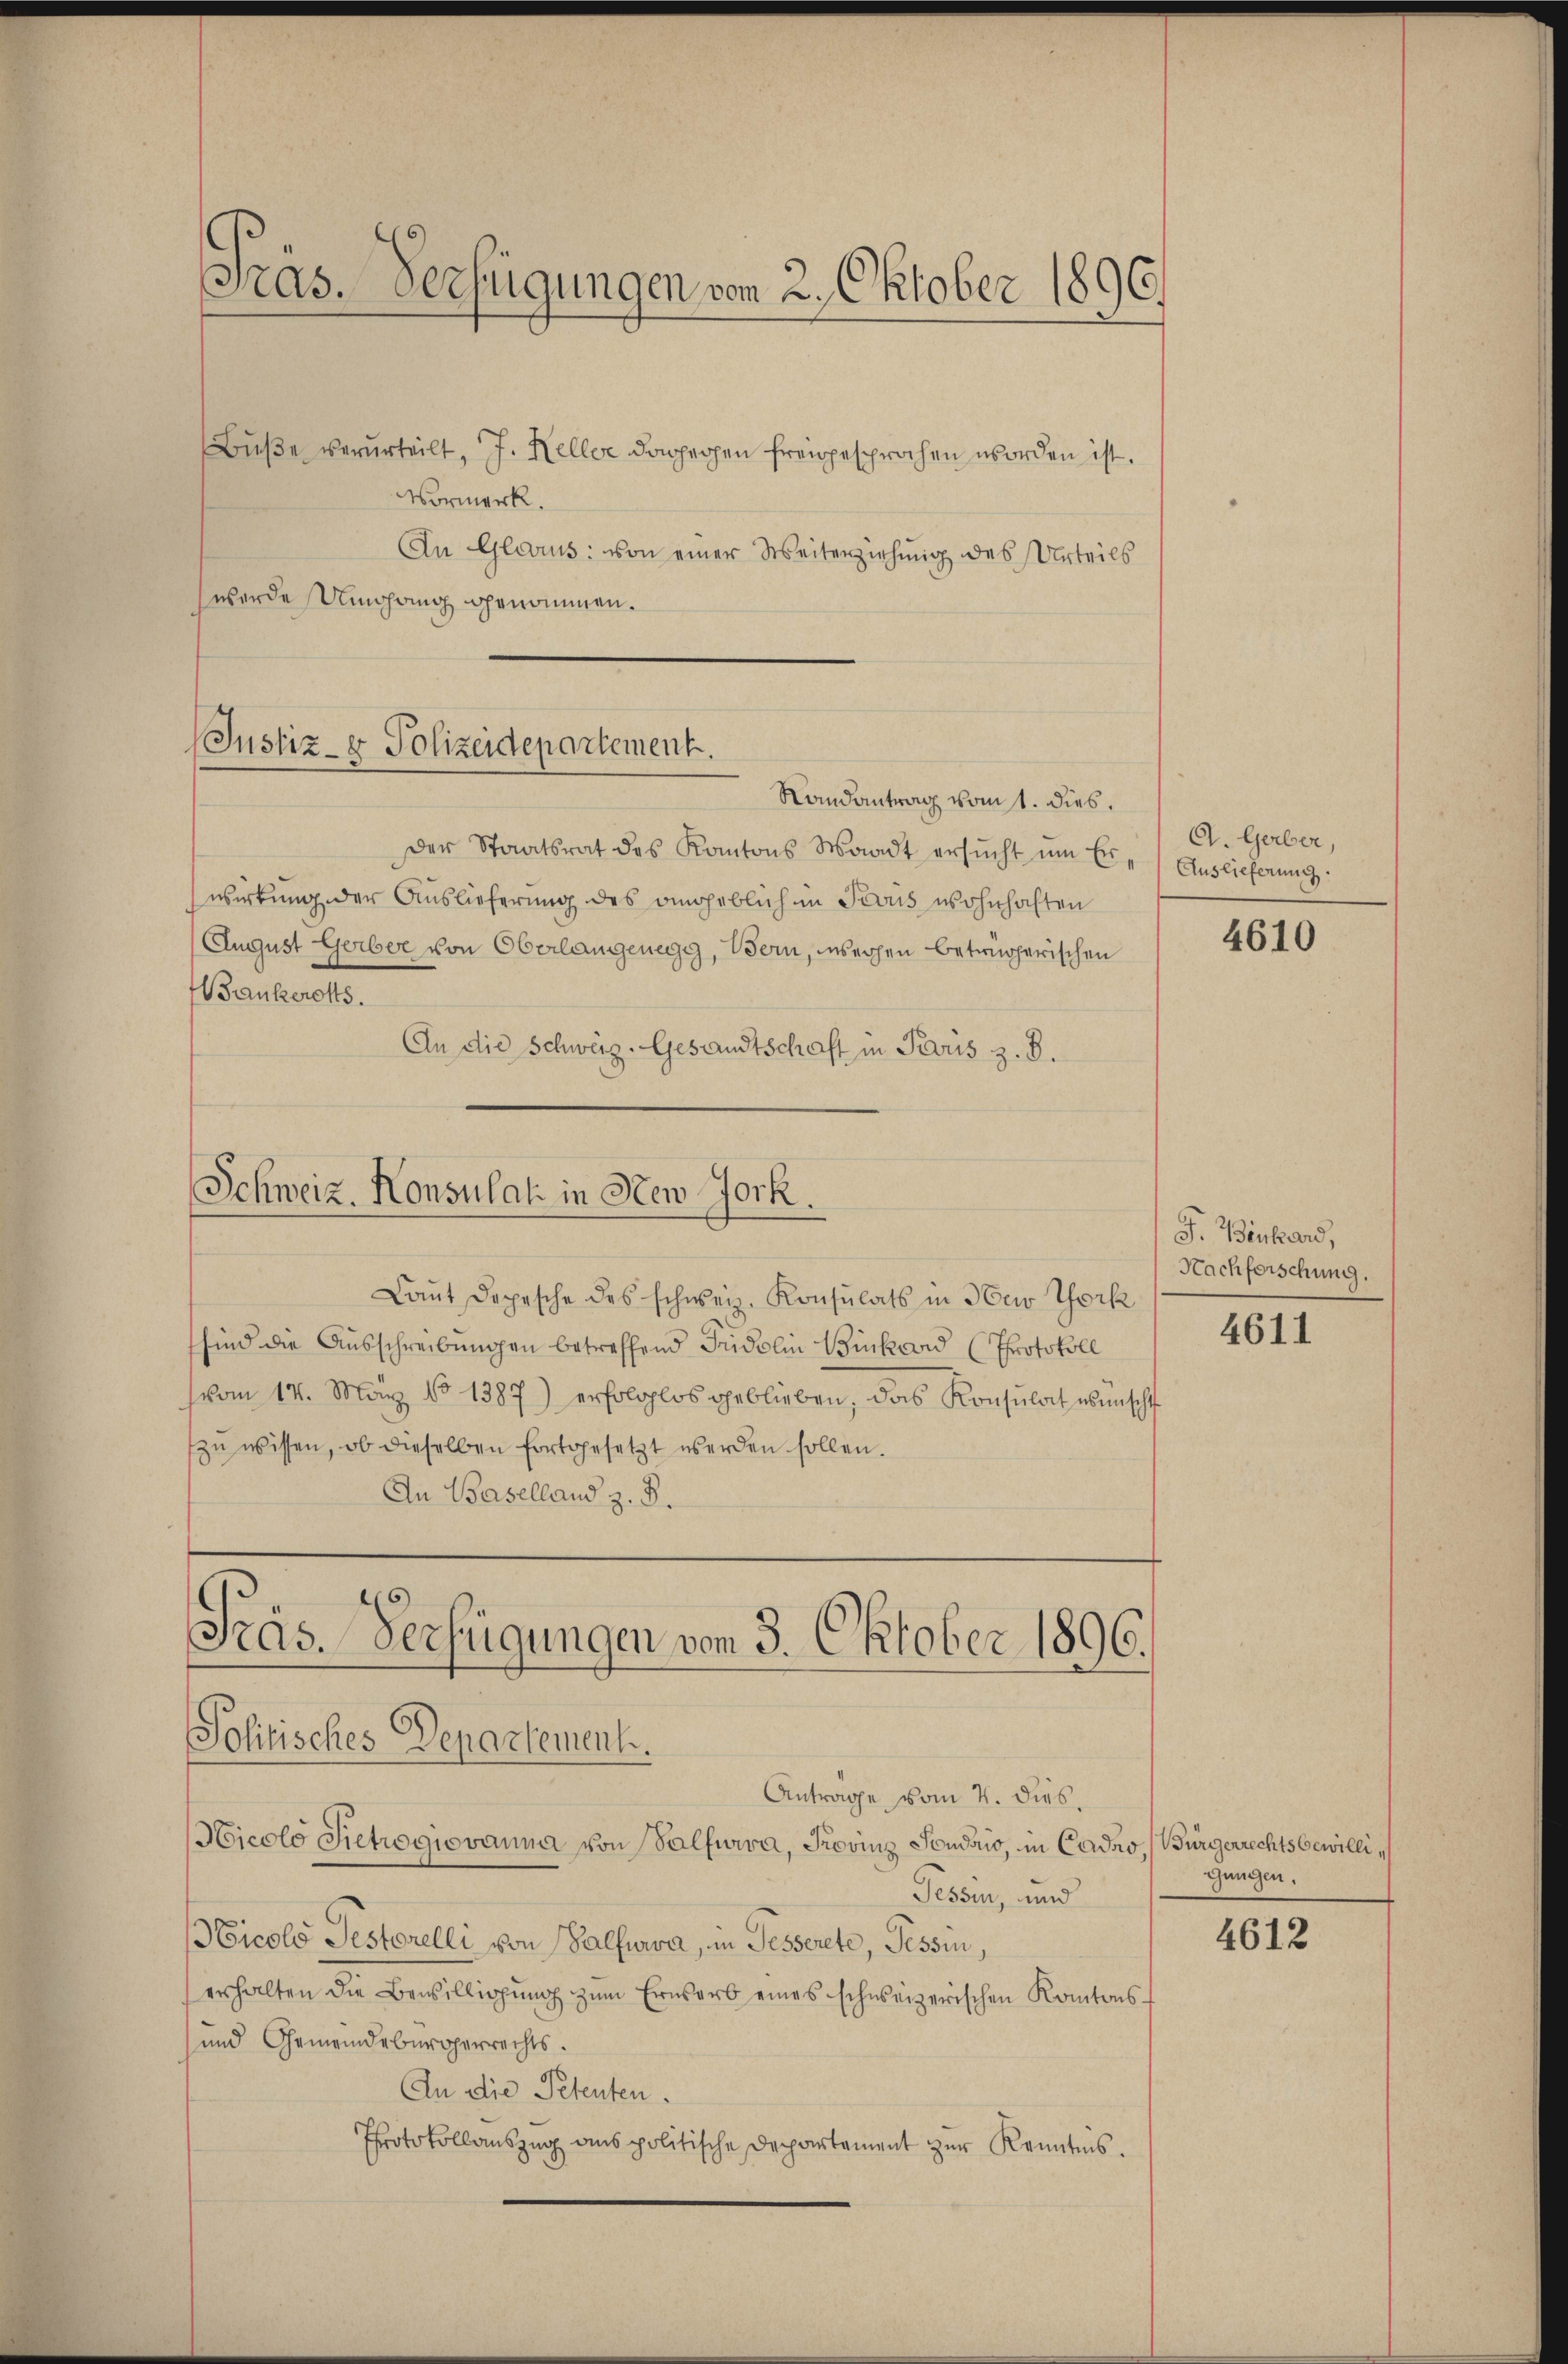
Präs. Verfügungen vom 2. Oktober 1896.

Bŭβe verurteilt, J. Keller dagegen freigesprochen worden ist.
Vormerk.
An Glarus: von einer Weiterziehung des Urteils
werde Umgang genommen.
Der Staatsrat des Kantons Waadt ersŭcht ŭm Ei- Auslieferung:
wirkung der Auslieferung des angeblich in Prons wohnhaften
August Gerber von Oberlangenegg, Bern, wegen betrügerischen
Bankerotts.
An die Schweiz. Gesandtschaft in Paris z. B.
Schweiz. Konsulat in den Jork.
Laŭt Depesche des schweiz. Konsulats in Aber Thork
sind die Ausschreibungen betreffend Fidelin Birkard (Protokoll
(vom 14. März No 1387) erfolglos geblieben, das Konsulat wünscht
zŭ wissen, ob dieselben fortgesetzt werden sollen.
An Baselland z. B.

Justiz- & Polizeidepartement.
Randantrag vom 1. dies.

Präs. Verfügungen vom 3. Oktober 1896.
Politisches Departement.
Anträge vom 4. dies.

A. Gerber,

Hicolo Pietrogiovanna von Salfurva, Provinz Soudaio, in Cadav, Bürgerrechtsbewilli¬
Tessin, und
HHicolo Testorelli von Palfurva, in Tesserete, Tessin,
erhalten die Bewilligŭng zŭm Erwerb eines schweizerischen Kantons-
und Gemeindebürgerrechts.
An die Petenten.
Protokollauszug aus politische Departement zur Kenntnis.

4610

F. Binkard,
Nachforschung.

4611

gungen.

4612